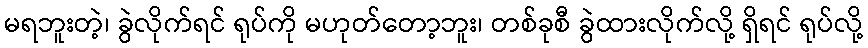
မရဘူးတဲ့၊ ခွဲလိုက်ရင် ရုပ်ကို မဟုတ်တော့ဘူး၊ တစ်ခုစီ ခွဲထားလိုက်လို့ ရှိရင် ရုပ်လို့